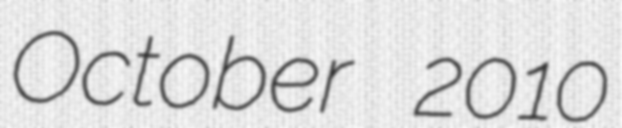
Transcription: October 2010